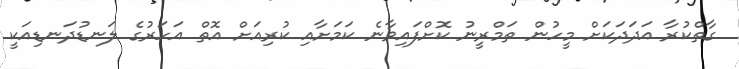
ގާތްކުރާ އަދަދަކަށް މީހުން ތަމްރީނު ކޮށްފައިވާނެ ކަމަށާއި ކުރިއަށް އޮތް އަހަރުގެ ލަނޑުދަނޑިއަކީ